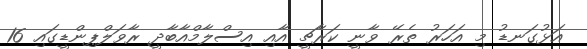
އަޅުގަނޑު މި އަހަރު ތެރޭ ވާނީ ކަރާޗީ އާއި އިސްލާމްއާބާދީ ރާވަލްޕިންޑީގައި 16